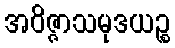
အဝိဇ္ဇာသမုဒယဉ္စ